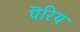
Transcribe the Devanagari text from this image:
पॆरिय